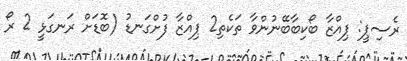
ރެސިޕީ: ޕިއްޒާ ބޯކިބާބޭނުންވާ ތަކެތި2 ޕިއްޒާ ފުށްގަނޑު (ބޮޑަށް ރަނގަޅީ 2 ރޯ